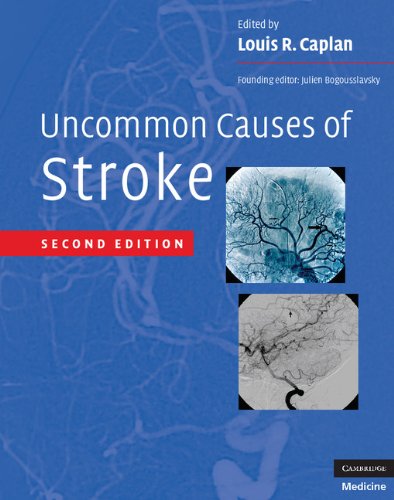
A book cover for Uncommon Causes of Stroke; Health, Fitness & Dieting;